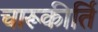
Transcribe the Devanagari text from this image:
चारूकीर्ति